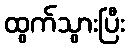
ထွက်သွားပြီး